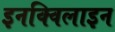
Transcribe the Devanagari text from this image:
इनक्विलाइन